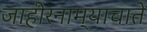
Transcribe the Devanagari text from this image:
जाहीरनाम्याचाते